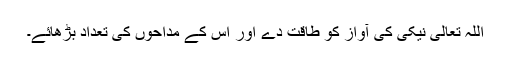
اللہ تعالی نیکی کی آواز کو طاقت دے اور اس کے مداحوں کی تعداد بڑھائے۔